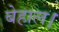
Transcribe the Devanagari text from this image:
बेहाल।